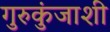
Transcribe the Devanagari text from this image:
गुरुकुंजाशी